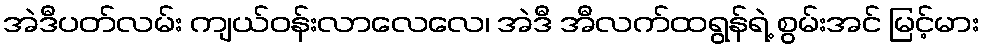
အဲဒီပတ်လမ်း ကျယ်ဝန်းလာလေလေ၊ အဲဒီ အီလက်ထရွန်ရဲ့ စွမ်းအင် မြင့်မား